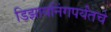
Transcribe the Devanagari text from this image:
डिझायनिंगपर्यंतचे